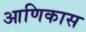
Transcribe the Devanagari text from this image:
आणिकास